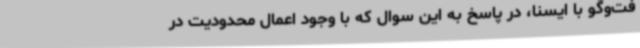
فت‌وگو با ایسنا، در پاسخ به این سوال که با وجود اعمال محدودیت در